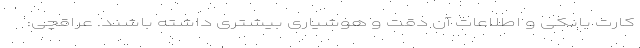
کارت بانکی و اطلاعات آن دقت و هوشیاری بیشتری داشته باشند. عراقچی: